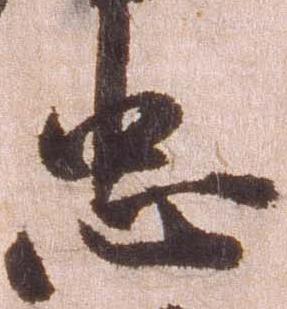
忠